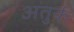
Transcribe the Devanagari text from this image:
अतुर्क